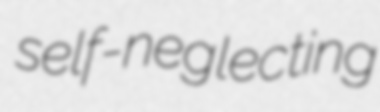
self-neglecting